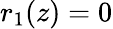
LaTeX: r_{1}(z)=0